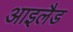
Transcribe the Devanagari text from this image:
आइलैड